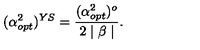
( \alpha _ { o p t } ^ { 2 } ) ^ { Y S } = \frac { ( \alpha _ { o p t } ^ { 2 } ) ^ { o } } { 2 \mid \beta \mid } .